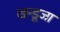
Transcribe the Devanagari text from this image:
खन्डूजा